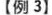
【例 3】